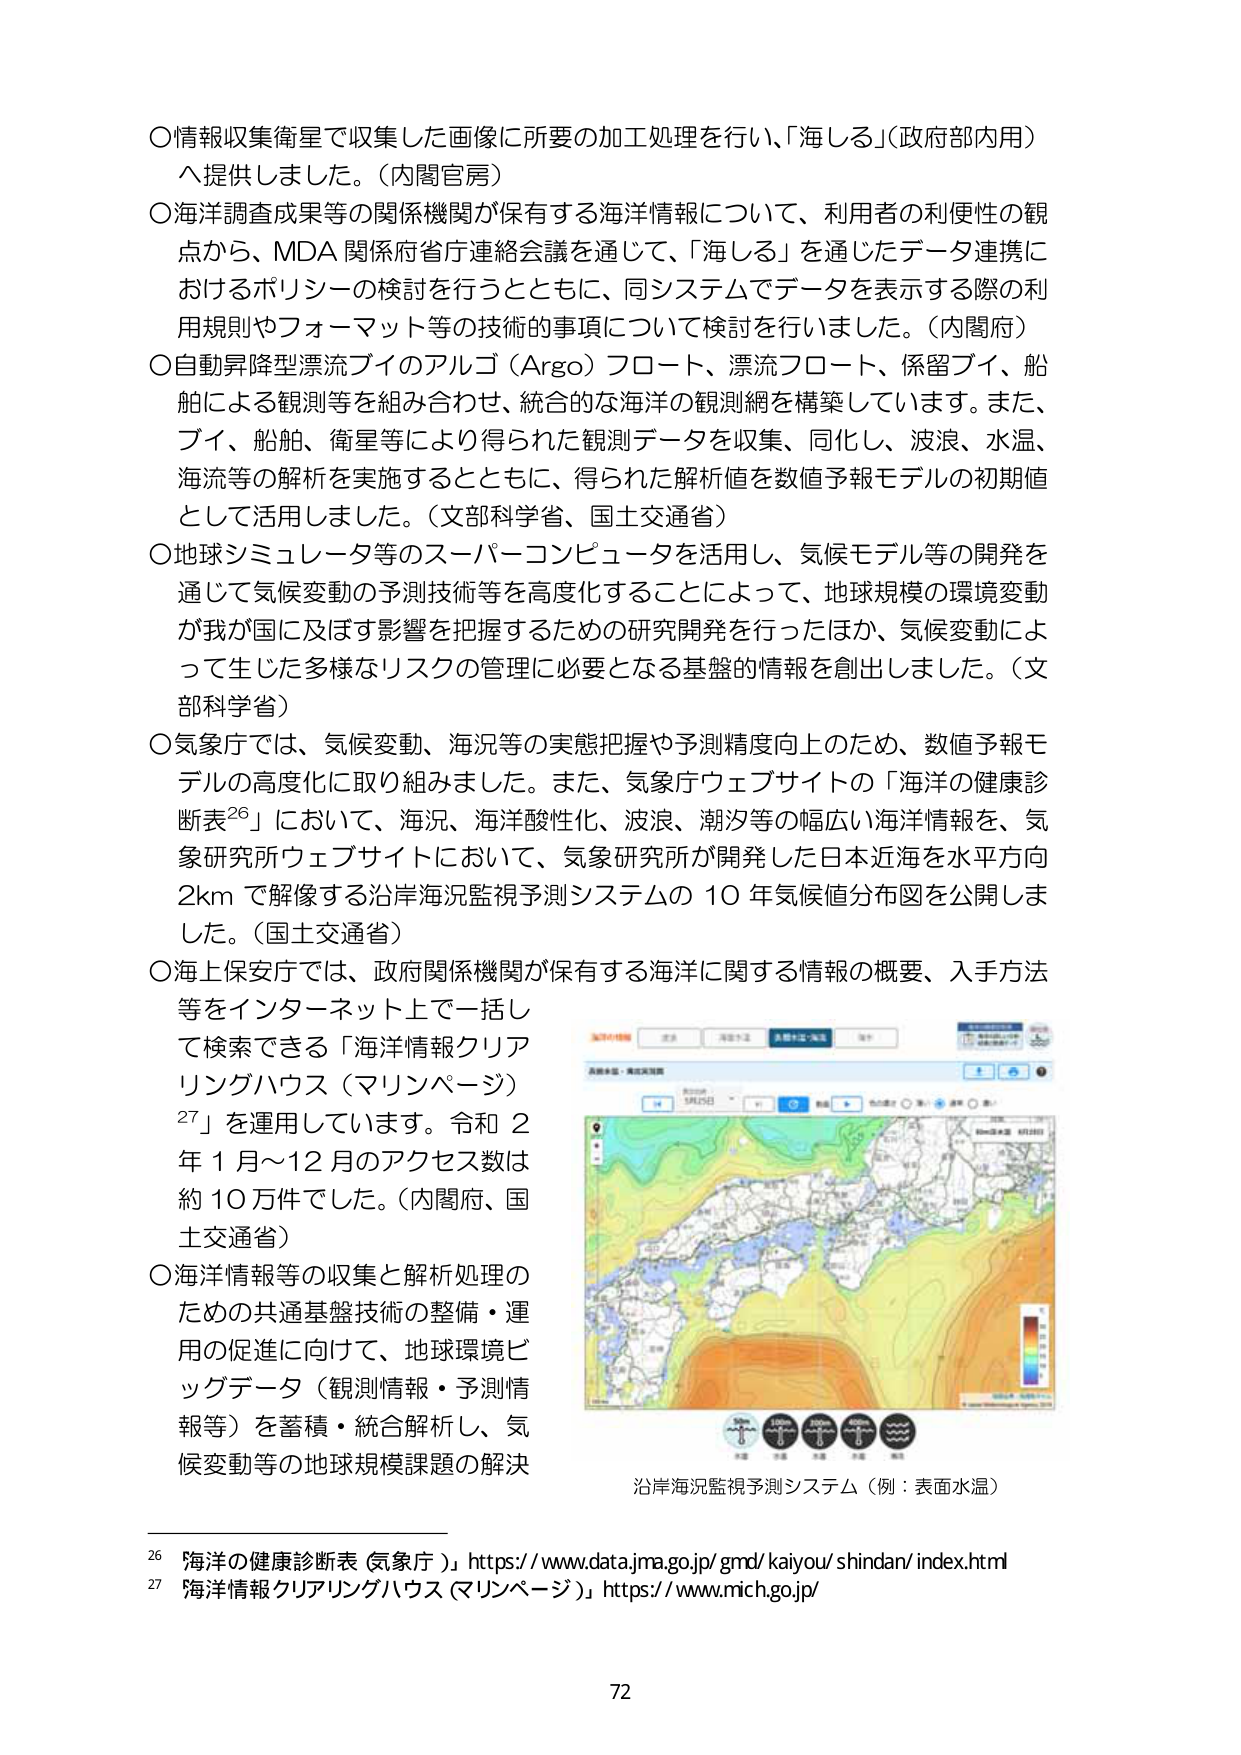
○情報収集衛星で収集した画像に所要の加工処理を行い、「海しる」（政府部内用）へ提供しました。（内閣官房）
○海洋調査成果等の関係機関が保有する海洋情報について、利用者の利便性の観点から、MDA 関係府省庁連絡会議を通じて、「海しる」を通じたデータ連携におけるポリシーの検討を行うとともに、同システムでデータを表示する際の利用規則やフォーマット等の技術的事項について検討を行いました。（内閣府）
○自動昇降型漂流ブイのアルゴ（Argo）フロート、漂流フロート、係留ブイ、船舶による観測等を組み合わせ、統合的な海洋の観測網を構築しています。また、ブイ、船舶、衛星等により得られた観測データを収集、同化し、波浪、水温、海流等の解析を実施するとともに、得られた解析値を数値予報モデルの初期値として活用しました。（文部科学省、国土交通省）
○地球シミュレータ等のスーパーコンピュータを活用し、気候モデル等の開発を通じて気候変動の予測技術等を高度化することによって、地球規模の環境変動が我が国に及ぼす影響を把握するための研究開発を行ったほか、気候変動によって生じた多様なリスクの管理に必要となる基盤的情報を創出しました。（文部科学省）
○気象庁では、気候変動、海況等の実態把握や予測精度向上のため、数値予報モデルの高度化に取り組みました。また、気象庁ウェブサイトの「海洋の健康診断表²⁶」において、海況、海洋酸性化、波浪、潮汐等の幅広い海洋情報を、気象研究所ウェブサイトにおいて、気象研究所が開発した日本近海を水平方向2kmで解像する沿岸海況監視予測システムの10年気候値分布図を公開しました。（国土交通省）
○海上保安庁では、政府関係機関が保有する海洋に関する情報の概要、入手方法等をインターネット上で一括して検索できる「海洋情報クリアリングハウス（マリンページ）²⁷」を運用しています。令和2年1月～12月のアクセス数は約10万件でした。（内閣府、国土交通省）
○海洋情報等の収集と解析処理のための共通基盤技術の整備・運用の促進に向けて、地球環境ビッグデータ（観測情報・予測情報等）を蓄積・統合解析し、気候変動等の地球規模課題の解決

沿岸海況監視予測システム（例：表面水温）

²⁶「海洋の健康診断表（気象庁）」https://www.data.jma.go.jp/gmd/kaiyou/shindan/index.html
²⁷「海洋情報クリアリングハウス（マリンページ）」https://www.mich.go.jp/

72